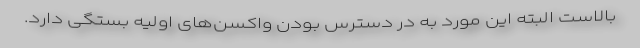
بالاست البته این مورد به در دسترس بودن واکسن‌های اولیه بستگی دارد.